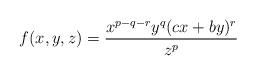
LaTeX: \begin{align*}f(x,y,z)=\dfrac{x^{p-q-r}y^{q}(cx+by)^{r}}{z^{p}}\end{align*}